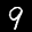
Label: 9